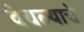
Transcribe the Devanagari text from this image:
वेचल्याचे